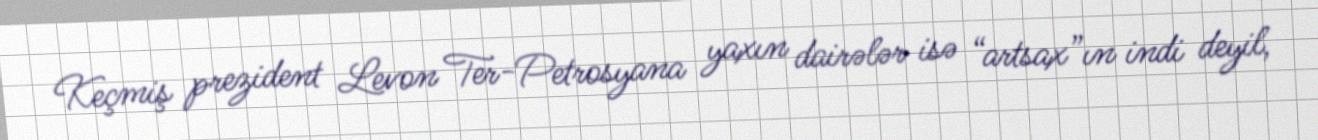
Keçmiş prezident Levon Ter-Petrosyana yaxın dairələr isə “artsax”ın indi deyil,